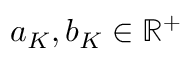
a _ { K } , b _ { K } \in \mathbb { R } ^ { + }